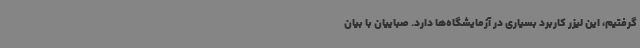
گرفتیم، این لیزر کاربرد بسیاری در آزمایشگاه‌ها دارد. صباییان با بیان